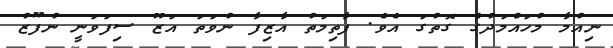
ނިއުމާ މުހައްމަދުގެ ގޮތުގަ އެވެ. ފާތިމަތު އާޒިފާ ނުވަތަ އަޒޫ ސިފަވަނީ ނުފޫޒު